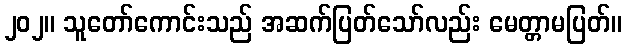
၂၀၂။ သူတော်ကောင်းသည် အဆက်ပြတ်သော်လည်း မေတ္တာမပြတ်။